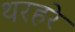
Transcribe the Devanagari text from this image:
थरहरे